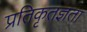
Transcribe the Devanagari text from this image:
प्रतिकृतज्ञता